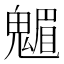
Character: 䰨